Annual report on the working of the lock hospitals in the Central Provinces
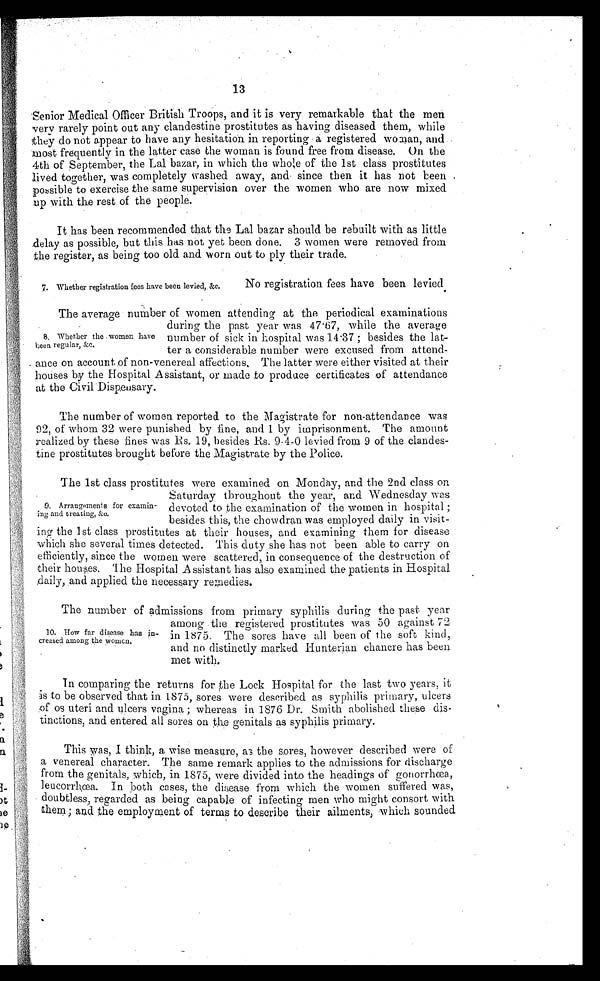
13
Senior Medical Officer British Troops, and it is very remarkable that the men
very rarely point out any clandestine prostitutes as having diseased them, while
they do not appear to have any hesitation in reporting a registered woman, and
m o s t f r e q u e n t l y i n t h e l a t t e r c a s e t h e w o m a n i s f o u n d f r e e f r o m d i s e a s e . O n t h e
4th of September, the Lal bazar, in which the whole of the 1st class prostitutes
lived together, was completely washed away, and since then it has not been
possible to exercise the same supervision over the women who are now mixed
up with the rest of the people.
It has been recommended that the Lal bazar should be rebuilt with as little
delay as possible, but this has not yet been done. 3 women were removed from
the register,. as being too old and worn out to ply their trade.
7. Whether registration fees have been levied, &c.
No registration fees have been levied.
The average number of women attending at the periodical examinations
during the past year was 47.67, while the average
number of sick in hospital was 14.37 ; besides the lat-
ter a considerable number were excused from attend-
ance on account of non-venereal affections, The latter were either visited at their
houses by the Hospital Assistant, or made to produce certificates of attendance
at the Civil Dispensary.
The number of women reported to the Magistrate for non-attendance was
92, of whom 32 were punished by fine, and 1 by imprisonment. The amount
realized by these fines was Rs. 19, besides Rs. 9-4-0 levied from 9 of the clandes-
tine prostitutes brought before the Magistrate by the Police.
The 1st class prostitutes were examined on Monday, and the 2nd class on
Saturday throughout the year, and Wednesday was
devoted to the examination of the women in hospital ;
besides this, the chowdran was employed daily in visit-
ing the 1st class prostitutes at their houses, and examining them for disease
which she several times detected. This duty she has not been able to carry on
efficiently, since the women were scattered, in consequence of the destruction of
their houses. The Hospital Assistant has also examined the patients in Hospital
daily and applied the necessary remedies.
The number of admissions from primary syphilis during the past year
among the registered prostitutes was 50 against 72
in 1875. The sores have all been of the soft kind,
and no distinctly marked Hunterian chancre has been.
met with.
In comparing the returns for the Lock Hospital for the last two years, it
is to be observed that in 1875, sores were described as syphilis primary, ulcers
of os uteri and ulcers vagina ; whereas in 1876 Dr. Smith abolished these dis-
tinctions, and entered all sores on the genitals as syphilis primary.
This was, I think, a wise measure, as the sores, however described were of
a venereal character. The same remark applies to the admissions for discharge
from the genitals, which, in 1875, were divided into the headings of gonorrhœa,
leucorrhœa. In both cases, the disease from which the women suffered was,
doubtless regarded as being capable of infecting men who might consort with
them; and the employment of terms to describe their ailments, : which sounded
8. Whether the women have
been regular, &c.
Arrangements for examin-
ing and treating, &c.
10. How far disease has in
creased among the women.